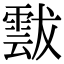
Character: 𩃶